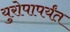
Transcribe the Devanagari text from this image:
युरोपापर्यंत